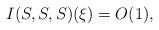
LaTeX: \begin{align*}I(S,S,S)(\xi)=O(1),\end{align*}